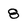
Character: 8